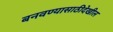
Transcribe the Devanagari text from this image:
बनवण्यासाठीदेखील